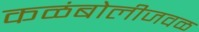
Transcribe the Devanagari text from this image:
कळंबोलीजवळ